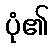
ပုံ၏